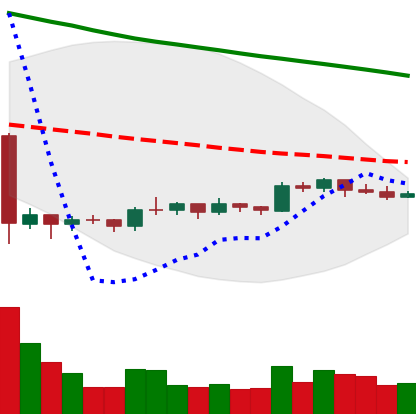
Ticker: EOS-USD
Chart end date: 2019-10-13
Forward return: -7.398%
Label: down_7plus